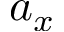
a _ { x }